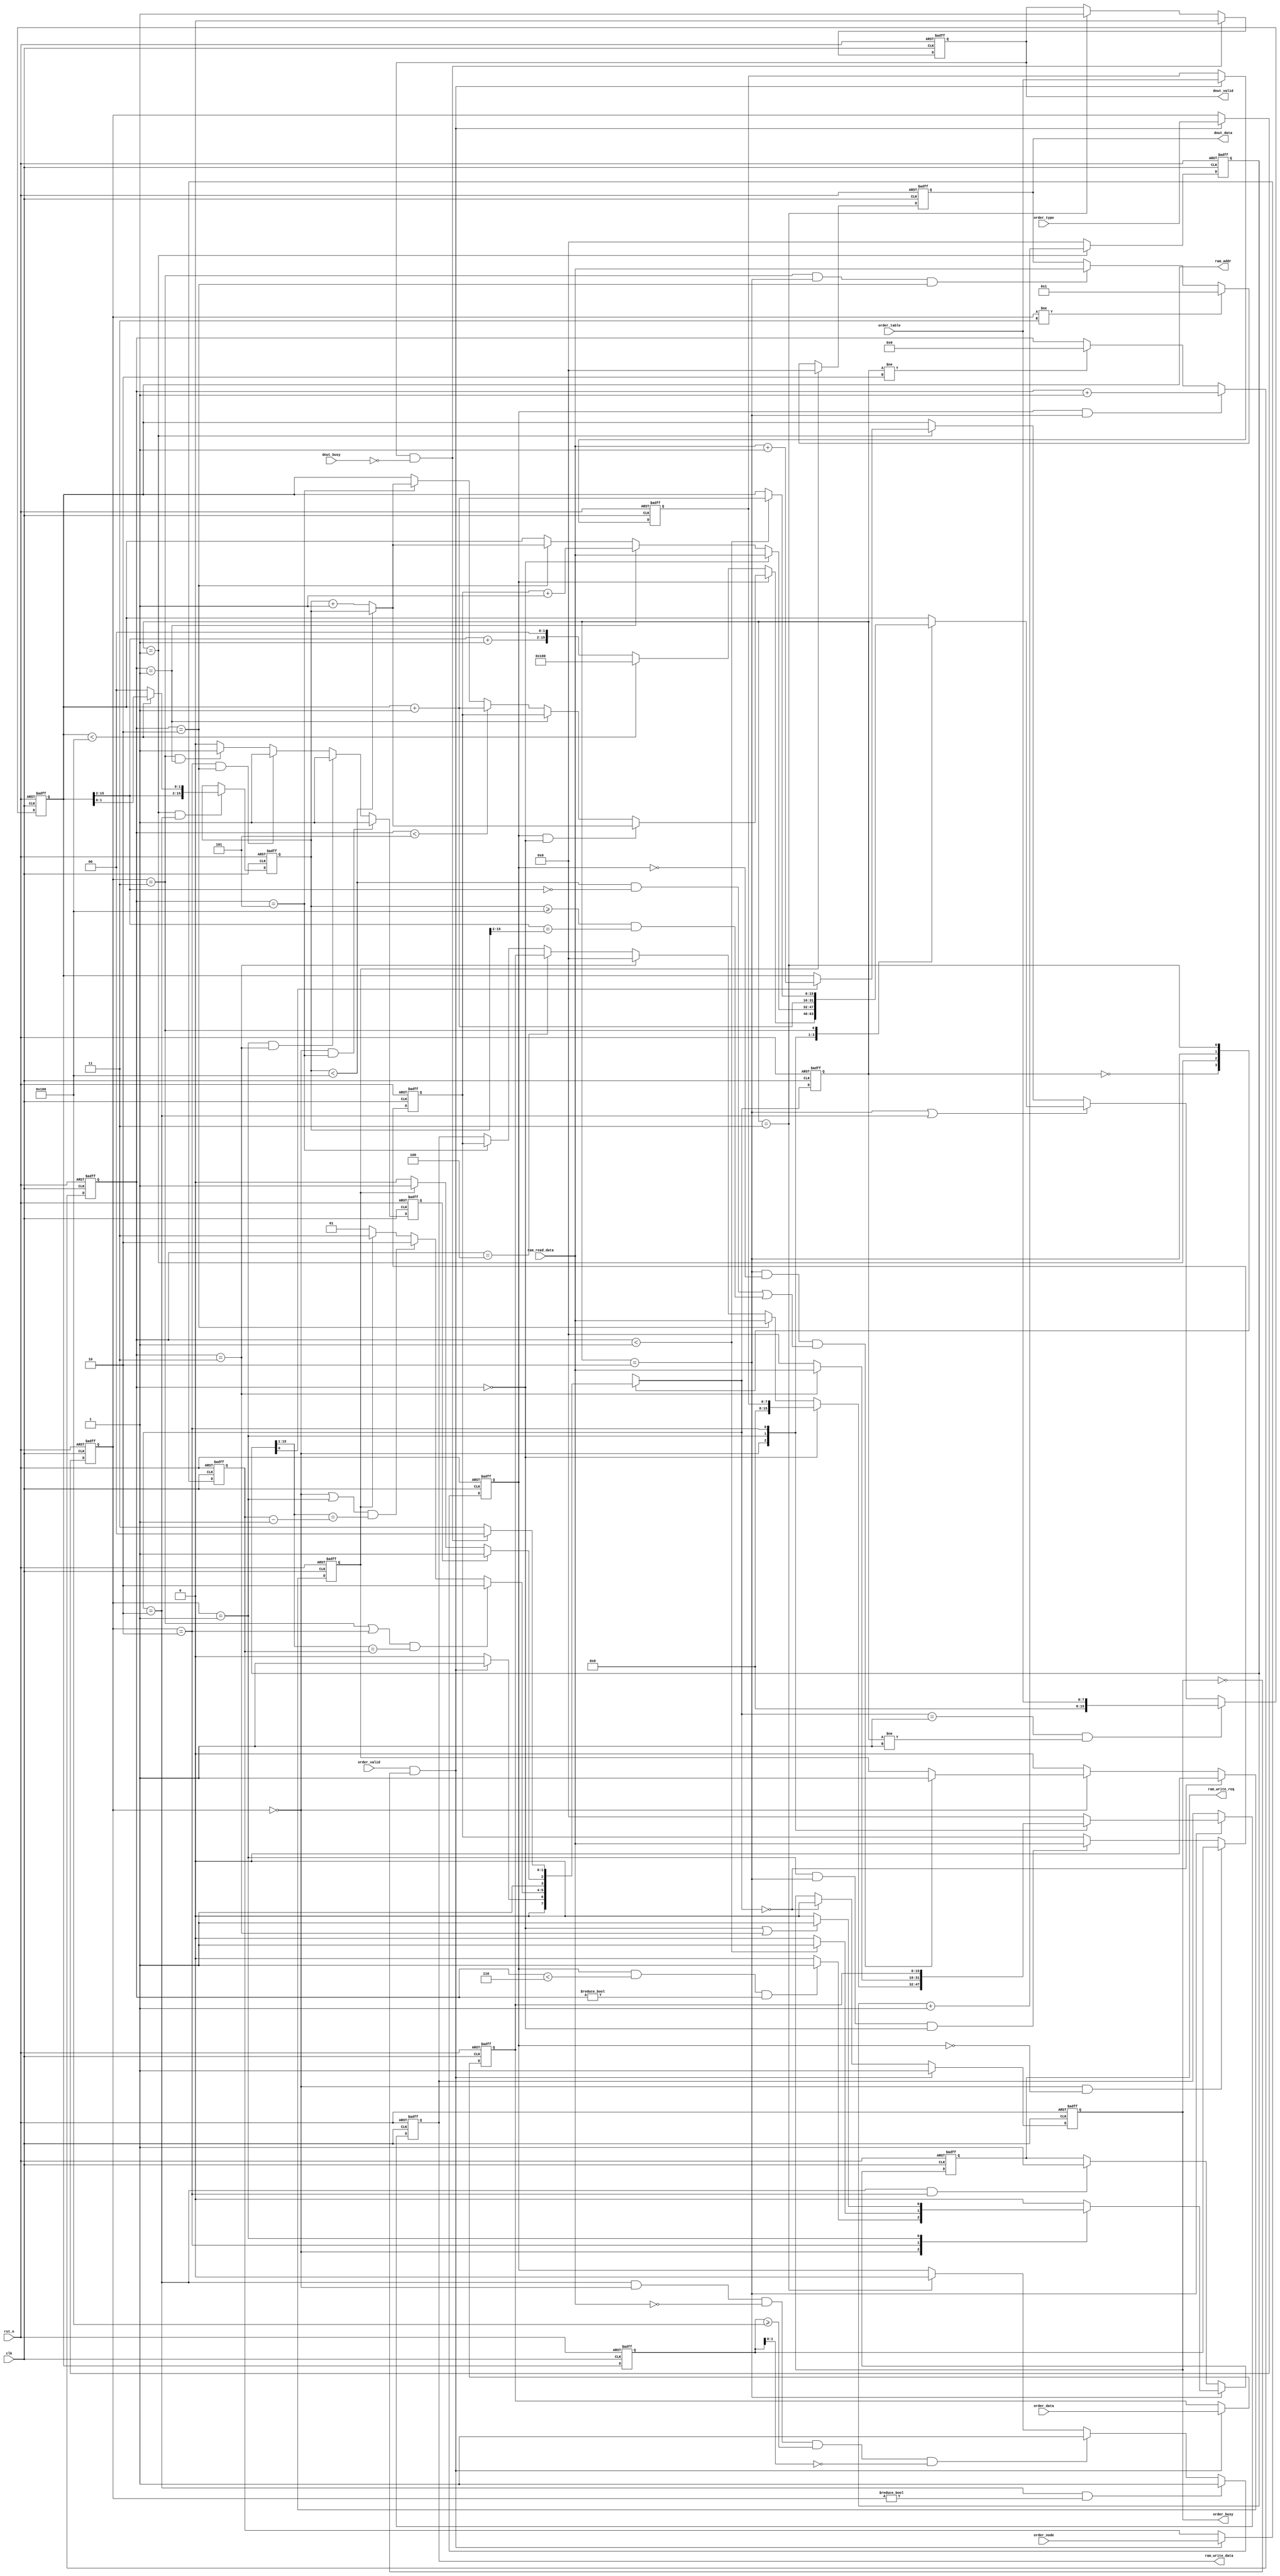
module link_table_mamager#(
	parameter ADDR_WIDTH = 16,
	parameter DATA_WIDTH = 16,
	parameter TABLE_WIDTH = 8
) (
	input clk,    // Clock
	input rst_n,  // Asynchronous reset active low

	input order_valid,
	output reg order_busy,
	input [1:0]order_type,
	input [TABLE_WIDTH - 1:0] order_table, 
	input [ADDR_WIDTH - 1:0] order_node,
	input [DATA_WIDTH - 1:0] order_data,

	output reg dout_valid,
	input dout_busy,
	output reg [DATA_WIDTH - 1:0] dout_data,

	output reg [ADDR_WIDTH - 1:0]ram_addr,
	input [DATA_WIDTH - 1:0]ram_read_data,
	output reg ram_write_req,
	output reg [DATA_WIDTH - 1:0]ram_write_data
);
// base addr
localparam BASE_ADDR = 2 ** TABLE_WIDTH;

// order type
localparam APPE = 2'b00;
localparam DELE = 2'b01;
localparam CHAG = 2'b10;
localparam READ = 2'b11;

// statue
reg [1:0]mode,next_mode;
localparam REST = 2'b00;
localparam LINK = 2'b01;
localparam REWR = 2'b10;
localparam BACK = 2'b11;

// is_*
wire is_order = order_valid && !order_busy;
wire is_dout = dout_valid && !dout_busy;

reg [1:0]lock_type;
reg [TABLE_WIDTH - 1:0] lock_table;
reg [ADDR_WIDTH - 1:0]  lock_node;
reg [DATA_WIDTH - 1:0]  lock_data;
always @ (posedge clk or negedge rst_n) begin
	if (~rst_n) begin
		lock_type <= 'b0;
		lock_table <= 'b0;
		lock_node <= 'b0;
		lock_data <= 'b0;
	end else if (is_order) begin
		lock_type <= order_type ;
		lock_table <=order_table;
		lock_node <= order_node ;
		lock_data <= order_data ;
	end
end

reg [ADDR_WIDTH - 1:0]link_count;
wire [ADDR_WIDTH - 1:0]this_node_num = {1'b0,link_count[ADDR_WIDTH - 1:1]};
always @ (posedge clk or negedge rst_n) begin
	if (~rst_n) begin
		link_count <= 'b0;
	end else if (mode == LINK) begin
		link_count <= link_count + 1'b1;
	end else begin
		link_count <= 'b0;
	end
end

reg [ADDR_WIDTH - 1:0] last_addr;
always @ (posedge clk or negedge rst_n) begin 
	if (~rst_n) begin
		last_addr <= 'b0;
	end else begin
		last_addr <= ram_addr;
	end
end

reg rewr_start_count;
always @ (posedge clk or negedge rst_n) begin
	if (~rst_n) begin
		rewr_start_count <= 1'b0;
	end else if ((next_mode == REWR) && (lock_type != APPE)) begin
		rewr_start_count <= 1'b1;
	end else if ((next_mode == REWR) && (lock_type == APPE) && (ram_read_data == 'b0) && (last_addr >= BASE_ADDR) && (last_addr[1:0] == 'b0)) begin
		rewr_start_count <= 1'b1;
	end else if (mode == BACK) begin
		rewr_start_count <= 1'b0;
	end
end

reg [3:0]rewr_count;
always @ (posedge clk or negedge rst_n) begin
	if (~rst_n) begin
		rewr_count <= 'b0;
	end else if (rewr_start_count && (mode == REWR)) begin
		rewr_count <= rewr_count + 1'b1;
	end else if (mode != REWR) begin
		rewr_count <= 'b0;
	end
end

// reg finish need to define
reg is_rewrite_finish;
always @ (posedge clk or negedge rst_n) begin
	if (~rst_n) begin
		is_rewrite_finish <= 'b0;
	end else if ((lock_type == APPE) && (rewr_count == 3'd5)) begin
		is_rewrite_finish <= 1'b1;
	end else if ((lock_type == DELE) && (rewr_count == 3'd3)) begin
		is_rewrite_finish <= 1'b1;
	end else if ((lock_type == CHAG) && (rewr_count == 3'd2)) begin
		is_rewrite_finish <= 1'b1;
	end else if ((lock_type == READ) && (rewr_count == 3'd1)) begin
		is_rewrite_finish <= 1'b1;
	end else begin
		is_rewrite_finish <= 1'b0;
	end
end

reg is_fatal;
// fsm
always @ (posedge clk or negedge rst_n) begin
	if (~rst_n) begin
		mode <= REST;
	end else begin
		mode <= next_mode;
	end
end

always @ (*) begin
	case (mode)
		REST:begin
			if (is_order) begin
				next_mode = LINK;
			end else begin
				next_mode = REST;
			end
		end
		LINK:begin
			if ((lock_type == READ || lock_type == CHAG) && (this_node_num == lock_node)) begin
				next_mode = REWR;
			end else if ((lock_type == APPE || lock_type == DELE) && (this_node_num == lock_node - 1'b1)) begin
				next_mode = REWR;
			end else if (is_fatal) begin
				next_mode = BACK;
			end else begin
				next_mode = LINK;
			end
		end
		REWR:begin
			if (is_rewrite_finish) begin
				next_mode = BACK;
			end else if (is_fatal) begin
				next_mode = BACK;
			end else begin
				next_mode = REWR;
			end
		end
		BACK:begin
			if (is_dout) begin
				next_mode = REST;
			end else begin
				next_mode = BACK;
			end
		end
		default : next_mode = REST;
	endcase
end

reg [ADDR_WIDTH - 1:0]last_point_addr,this_point_addr;
always @ (posedge clk or negedge rst_n) begin
	if (~rst_n) begin
		last_point_addr <= 'b0;
	end else if ((mode == LINK) && (next_mode == REWR)) begin
		if (ram_addr < BASE_ADDR) begin
			last_point_addr <= ram_addr;
		end else begin
			last_point_addr <= {ram_addr[ADDR_WIDTH - 1:2],2'b00};
		end
	end
end
always @ (posedge clk or negedge rst_n) begin
	if (~rst_n) begin
		this_point_addr <= 'b0;
	end else if ((lock_type == APPE) && (rewr_start_count == 1'b0)) begin
		this_point_addr <= last_addr;
	end else if ((lock_type == DELE) && (mode == REWR) && (rewr_count == 'b0)) begin
		this_point_addr <= ram_read_data;
	end
end

wire is_appe_full_fatal1 = (last_point_addr < BASE_ADDR) && (ram_addr[ADDR_WIDTH - 1:2] == 'b0);
wire is_appe_full_fatal2 = (last_point_addr >= BASE_ADDR && (ram_addr[ADDR_WIDTH - 1:2] == last_point_addr[ADDR_WIDTH -1:2]));
always @ (posedge clk or negedge rst_n) begin
	if (~rst_n) begin
		is_fatal <= 'b0;
	end else if (next_mode == REST) begin
		is_fatal <= 1'b0;
	end else begin
		case (lock_type)
			APPE:begin
				if ((mode == REWR) && (!rewr_start_count) && (is_appe_full_fatal1 || is_appe_full_fatal2)) begin
					is_fatal <= 1'b1;
				end
			end
			default : is_fatal <= 1'b0;
		endcase
	end
end
// reg [ADDR_WIDTH - 1:0] tmp_point;
// always @ (posedge clk or negedge rst_n) begin
// 	if (~rst_n) begin
// 		tmp_point <= 'b0;
// 	end else if ((rewr_count == 1'b1) && (lock_type == APPE)) begin
// 		tmp_point <= ;
// 	end
// end
// output
always @ (posedge clk or negedge rst_n) begin
	if (~rst_n) begin
		ram_addr <= 'b0;
	end else if ((next_mode == LINK) && (mode != LINK)) begin
		ram_addr <= order_table;
	end else if ((mode == REWR) || (next_mode == REWR)) begin
		case (lock_type)
			APPE:begin
				if (rewr_start_count == 1'b0) begin
					if (ram_addr < BASE_ADDR) begin
						ram_addr <= BASE_ADDR;
					end else begin
						ram_addr <= {ram_addr[ADDR_WIDTH - 1:2] + 1'b1,2'b00};
					end
				end else if (rewr_start_count == 1'b1 && rewr_count == 'b0) begin
					if (last_point_addr < BASE_ADDR) begin
						ram_addr <= last_point_addr;
					end else begin
						ram_addr <= last_point_addr + 1'b1;
					end
				end else if (rewr_count == 3'd1) begin
					ram_addr <= this_point_addr;
				end else if (rewr_count < 3'd5) begin
					ram_addr <= ram_addr + 1'b1;
				end else if (rewr_count == 3'd5) begin
					if (last_point_addr < BASE_ADDR) begin
						ram_addr <= last_point_addr;
					end else begin
						ram_addr <= last_point_addr + 1'b1;
					end
				end
			end
			DELE:begin
				if (rewr_count == 'b0) begin
					ram_addr <= ram_read_data;
				end else if (rewr_count == 3'd1) begin
					ram_addr <= this_point_addr + 1'b1;
				end else if (rewr_count == 3'd2) begin
					if (last_point_addr < BASE_ADDR) begin
						ram_addr <= last_point_addr;
					end else begin
						ram_addr <= last_point_addr + 1'b1;
					end
				end
			end
			CHAG:ram_addr <= ram_addr + 1'b1;
			READ:begin
				if (rewr_count < 1'b1) begin
					ram_addr <= ram_addr + 1'b1;
				end
			end
			default : ram_addr <= ram_addr;
		endcase
	end else if (mode == LINK) begin
		if (link_count[0] == 1'b1) begin
			ram_addr <= ram_read_data + 1'b1;
		end
	end
end

always @ (posedge clk or negedge rst_n) begin
	if (~rst_n) begin
		ram_write_req <= 1'b0;
	end else if (mode == REWR) begin
		case (lock_type)
			APPE:begin
				if (rewr_start_count && (rewr_count < 3'd6) && (rewr_count != 'b0)) begin
					ram_write_req <= 1'b1;
				end else begin
					ram_write_req <= 1'b0;
				end
			end
			CHAG:begin
				if (rewr_count < 3'd1) begin
					ram_write_req <= 1'b1;
				end else begin
					ram_write_req <= 1'b0;
				end
			end
			DELE:begin
				if ((rewr_count == 3'd0) || (rewr_count == 3'd3)) begin
					ram_write_req <= 1'b1;
				end else begin
					ram_write_req <= 'b0;
				end
			end
			default : ram_write_req <= 1'b0;
		endcase
	end else if ((next_mode == REWR) && (lock_type == CHAG)) begin
		ram_write_req <= 1'b1;
	end
end

always @ (posedge clk or negedge rst_n) begin
	if (~rst_n) begin
		ram_write_data <= 'b0;
	end else if (mode == REWR) begin
		case (lock_type)
			APPE:begin
				if (rewr_count == 3'd0) begin
					ram_write_data <= lock_table;
				end else if (rewr_count == 3'd2) begin
					ram_write_data <= ram_read_data;
				end else if (rewr_count == 3'd3) begin
					ram_write_data <= 'b0;
				end else if (rewr_count == 3'd4) begin
					ram_write_data <= lock_data;
				end else if (rewr_count == 3'd5) begin
					ram_write_data <= this_point_addr;
				end
			end
			DELE:begin
				if (rewr_count == 3'd3) begin
					ram_write_data <= ram_read_data;
				end else begin
					ram_write_data <= 'b0;
				end
			end
			CHAG:ram_write_data <= lock_data;
			default : ram_write_data <= 'b0;
		endcase
	end
end

always @ (posedge clk or negedge rst_n) begin
	if (~rst_n) begin
		order_busy <= 'b0;
	end else if (is_order) begin
		order_busy <= 1'b1;
	end else if (next_mode == REST) begin
		order_busy <= 1'b0;
	end
end

always @ (posedge clk or negedge rst_n) begin
	if (~rst_n) begin
		dout_valid <= 'b0;
	end else if (is_dout) begin
		dout_valid <= 1'b0;
	end else if (mode == BACK) begin
		dout_valid <= 1'b1;
	end
end

always @ (posedge clk or negedge rst_n) begin
	if (~rst_n) begin
		dout_data <= 'b0;
	end else if (is_fatal) begin
		dout_data <= 'b0;
	end else if (lock_type != READ) begin
		dout_data <= 1'b1;
	end else if ((lock_type == READ) && (mode == REWR) && (rewr_count == 4'd2)) begin
		dout_data <= ram_read_data;
	end
end

endmodule